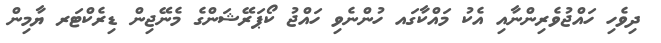
ދިވެހި ހައްޖުވެރިންނާއި އެކު މައްކާގައ ހުންނެވި ހައްޖު ކޯޕަރޭޝަންގެ މެނޭޖިން ޑިރެކްޓަރ ޔާމިން